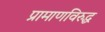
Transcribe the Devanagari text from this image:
प्रामाणविरुद्ध